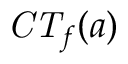
{ \mathit { C T } } _ { f } ( a )